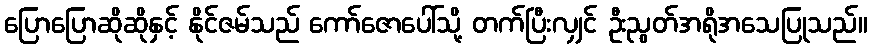
ပြောပြောဆိုဆိုနှင့် နိုင်ဇမ်သည် ကော်ဇောပေါ်သို့ တက်ပြီးလျှင် ဦးညွတ်အရိုအသေပြုသည်။